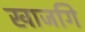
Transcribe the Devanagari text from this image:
खाजगि